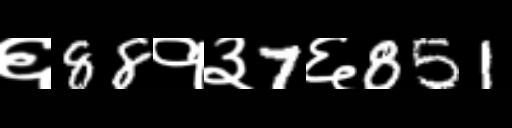
Text: ६88१३7६851